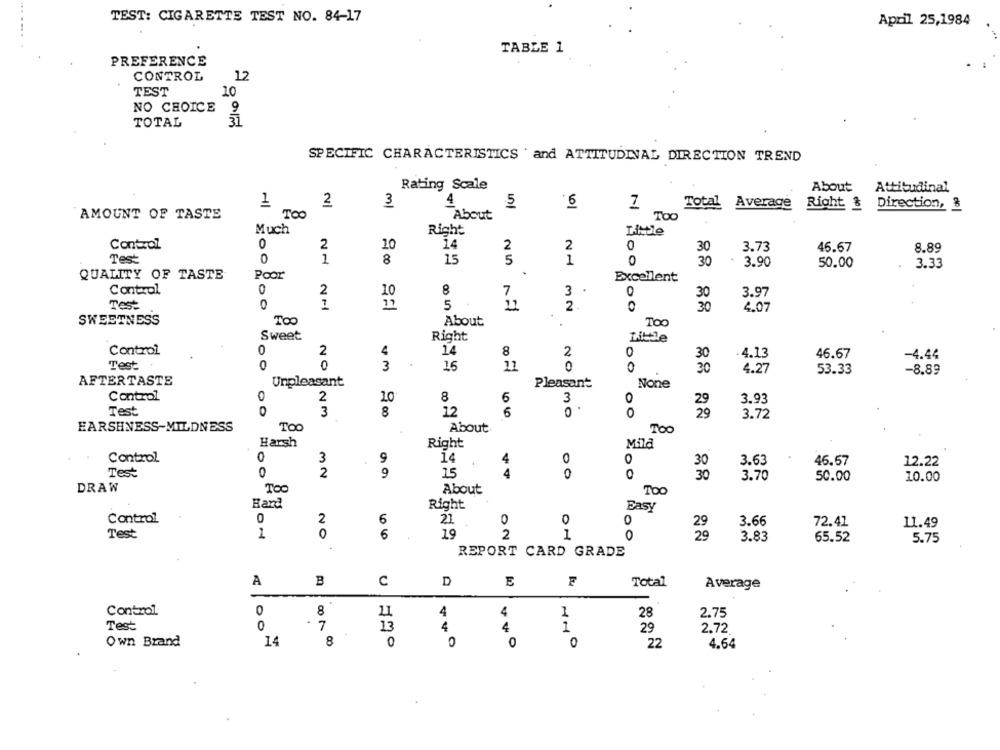
TEST: CIGARETTE TEST NO. 84-17
April 25,1984
TABLE 1
PREFERENCE
12
CONTROL
TEST
10
NO CHOICE
9
TOTAL
31
SPECIFIC CHARACTERISTICS . and ATTITUDINAL DIRECTION TREND
Rating Scale
9.
About
Attitudinal
3
4
1
2
5
Total
Average
Right & Direction, &
AMOUNT OF TASTE
TOO
About
Too
Much
Right
Control
0
2
10
14
2
2
0
3.73
30
46.67
8.89
Test
1
8
15
5
1
0
30
3.90
50.00
3.33
QUALITY OF TASTE
Poor
Excellent
Control
0
2
8
7
3
0
3.97
30
Test
0
1
5
17
2.
30
4.07
SWEETNESS
TOO
About
TOO
Sweet
Right
Control
0
2
14
8
0
30
4.13
46.67
-4.44
Test
0
0
3
16
20
0
30
4.27
53.33
-8.89
AFTERTASTE
Unpleasant
Pleasant
Control
0
2
10
8
6
3.93
Test
3
8
12
6
30
3.72
EARSHNESS-MILDNESS
Too
About
TOO
Harsh
Right
Mila
0
9
Control
3
14
0
0
30
3.63
46.57
12.22
Test
2
9
4
0
15
0
30
3.70
50.00
10.00
DRAW
Too
About
Too
Hard
Right
Easy
0
2
Control
6
21
0
0
0
29
3.66
72.41
11.49
0
Test
1
6
19
2
1
0
29
3.83
65.52
5.75
4
REPORT CARD GRADE
A
C
D
E
F
Total
Average
Control
0
8
11
4
4
1
28
2.75
Test
0
7
13
4
4
1
29
2.72
Own Brand
14
8
0
0
0
0
22
4.64